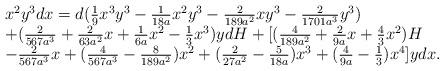
LaTeX: \begin{align*}\begin{array}{l}x^2y^3dx=d(\frac19x^3y^3-\frac{1}{18a}x^2y^3-\frac{2}{189a^2}xy^3-\frac{2}{1701a^3}y^3)\\+(\frac{2}{567a^3}+\frac{2}{63a^2}x+\frac{1}{6a}x^2-\frac13x^3)ydH+[(\frac{4}{189a^2}+\frac{2}{9a}x+\frac43x^2)H\\-\frac{2}{567a^3}x+(\frac{4}{567a^3}-\frac{8}{189a^2})x^2+(\frac{2}{27a^2}-\frac{5}{18a})x^3+(\frac{4}{9a}-\frac13)x^4]ydx.\end{array}\end{align*}